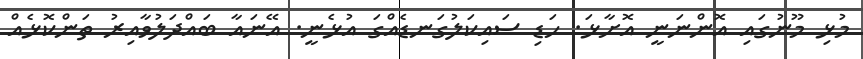
މުޅި މޫނުގައި އޮންނަނީ އޮށާޅަ. ހަޑި ސައިކަލުގަނޑެއްގަ އުޅެނީ. އޭނައާ ބައްދަލުވާއިރު ތަންކޮޅެއް